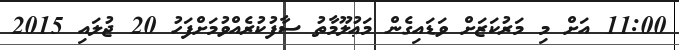
11:00 އަށް މި މަރުކަޒަށް ވަޑައިގެން މަޢުލޫމާތު ސާފުކުރެއްވުމަށްފަހު 20 ޖުލައި 2015